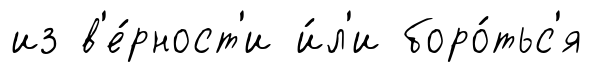
из в'е́рност'и и́л'и боро́тьс'я